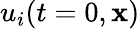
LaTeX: u_{i}(t=0,{\mathbf{x}})